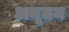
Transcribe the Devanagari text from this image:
अनृतम